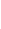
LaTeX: \! \! \! \! \! \! \! \! \! \! \! \alpha\! \! \! \! \! \! \! \! \! \! \! \! _{\! }\! \! \! \! \! \! \! \! \! \! \! 1\! \! \! \! \! \! \! \! \! \! \! \! =\! \! \! \! \! \! \! \! \! \! \! \! \alpha\! \! \! \! \! \! \! \! \! \! \! \! (\! \! \! \! \! \! \! \! \! \! \! \! -r\! \! \! \! \! \! \! \! \! \! \! \! ,\! \! \! \! \! \! \! \! \! \! \! \! 0\! \! \! \! \! \! \! \! \! \! \! \! )\! \! \! \! \! \! \! \! \! \! \! \! ,\! \! \! \! \! \! \! \! \! \! \! \! \! \! \! \! \! \! \! \! \! \! \! \! ~\! \! \! \! \! \! \! \! \! \! \! \! ~\! \! \! \! \! \! \! \! \! \! \! \! \! \! \! \! \! \! \! \! \! \! \! \! \beta\! \! \! \! \! \! \! \! \! \! \! \! _{\! }\! \! \! \! \! \! \! \! \! \! \! 1\! \! \! \! \! \! \! \! \! \! \! \! =\! \! \! \! \! \! \! \! \! \! \! \! \beta\! \! \! \! \! \! \! \! \! \! \! \! (\! \! \! \! \! \! \! \! \! \! \! \! -r\! \! \! \! \! \! \! \! \! \! \! \! ,\! \! \! \! \! \! \! \! \! \! \! \! 0\! \! \! \! \! \! \! \! \! \! \! \! )\! \! \! \! \! \! \! \! \! \! \! \! ,\! \! \! \! \! \! \! \! \! \! \! \! \! \! \! \! \! \! \! \! \! \! \! \! ~\! \! \! \! \! \! \! \! \! \! \! \! ~\! \! \! \! \! \! \! \! \! \! \! \! \! \! \! \! \! \! \! \! \! \! \! \! \psi\! \! \! \! \! \! \! \! \! \! \! \! _{\! }\! \! \! \! \! \! \! \! \! \! \! 1\! \! \! \! \! \! \! \! \! \! \! \! =\! \! \! \! \! \! \! \! \! \! \! \! \psi\! \! \! \! \! \! \! \! \! \! \! \! (\! \! \! \! \! \! \! \! \! \! \! \! -r\! \! \! \! \! \! \! \! \! \! \! \! ,\! \! \! \! \! \! \! \! \! \! \! \! 0\! \! \! \! \! \! \! \! \! \! \! \! )\! \! \! \! \! \! \! \! \! \! \! \! ,\! \! \! \! \! \! \! \! \! \! \!